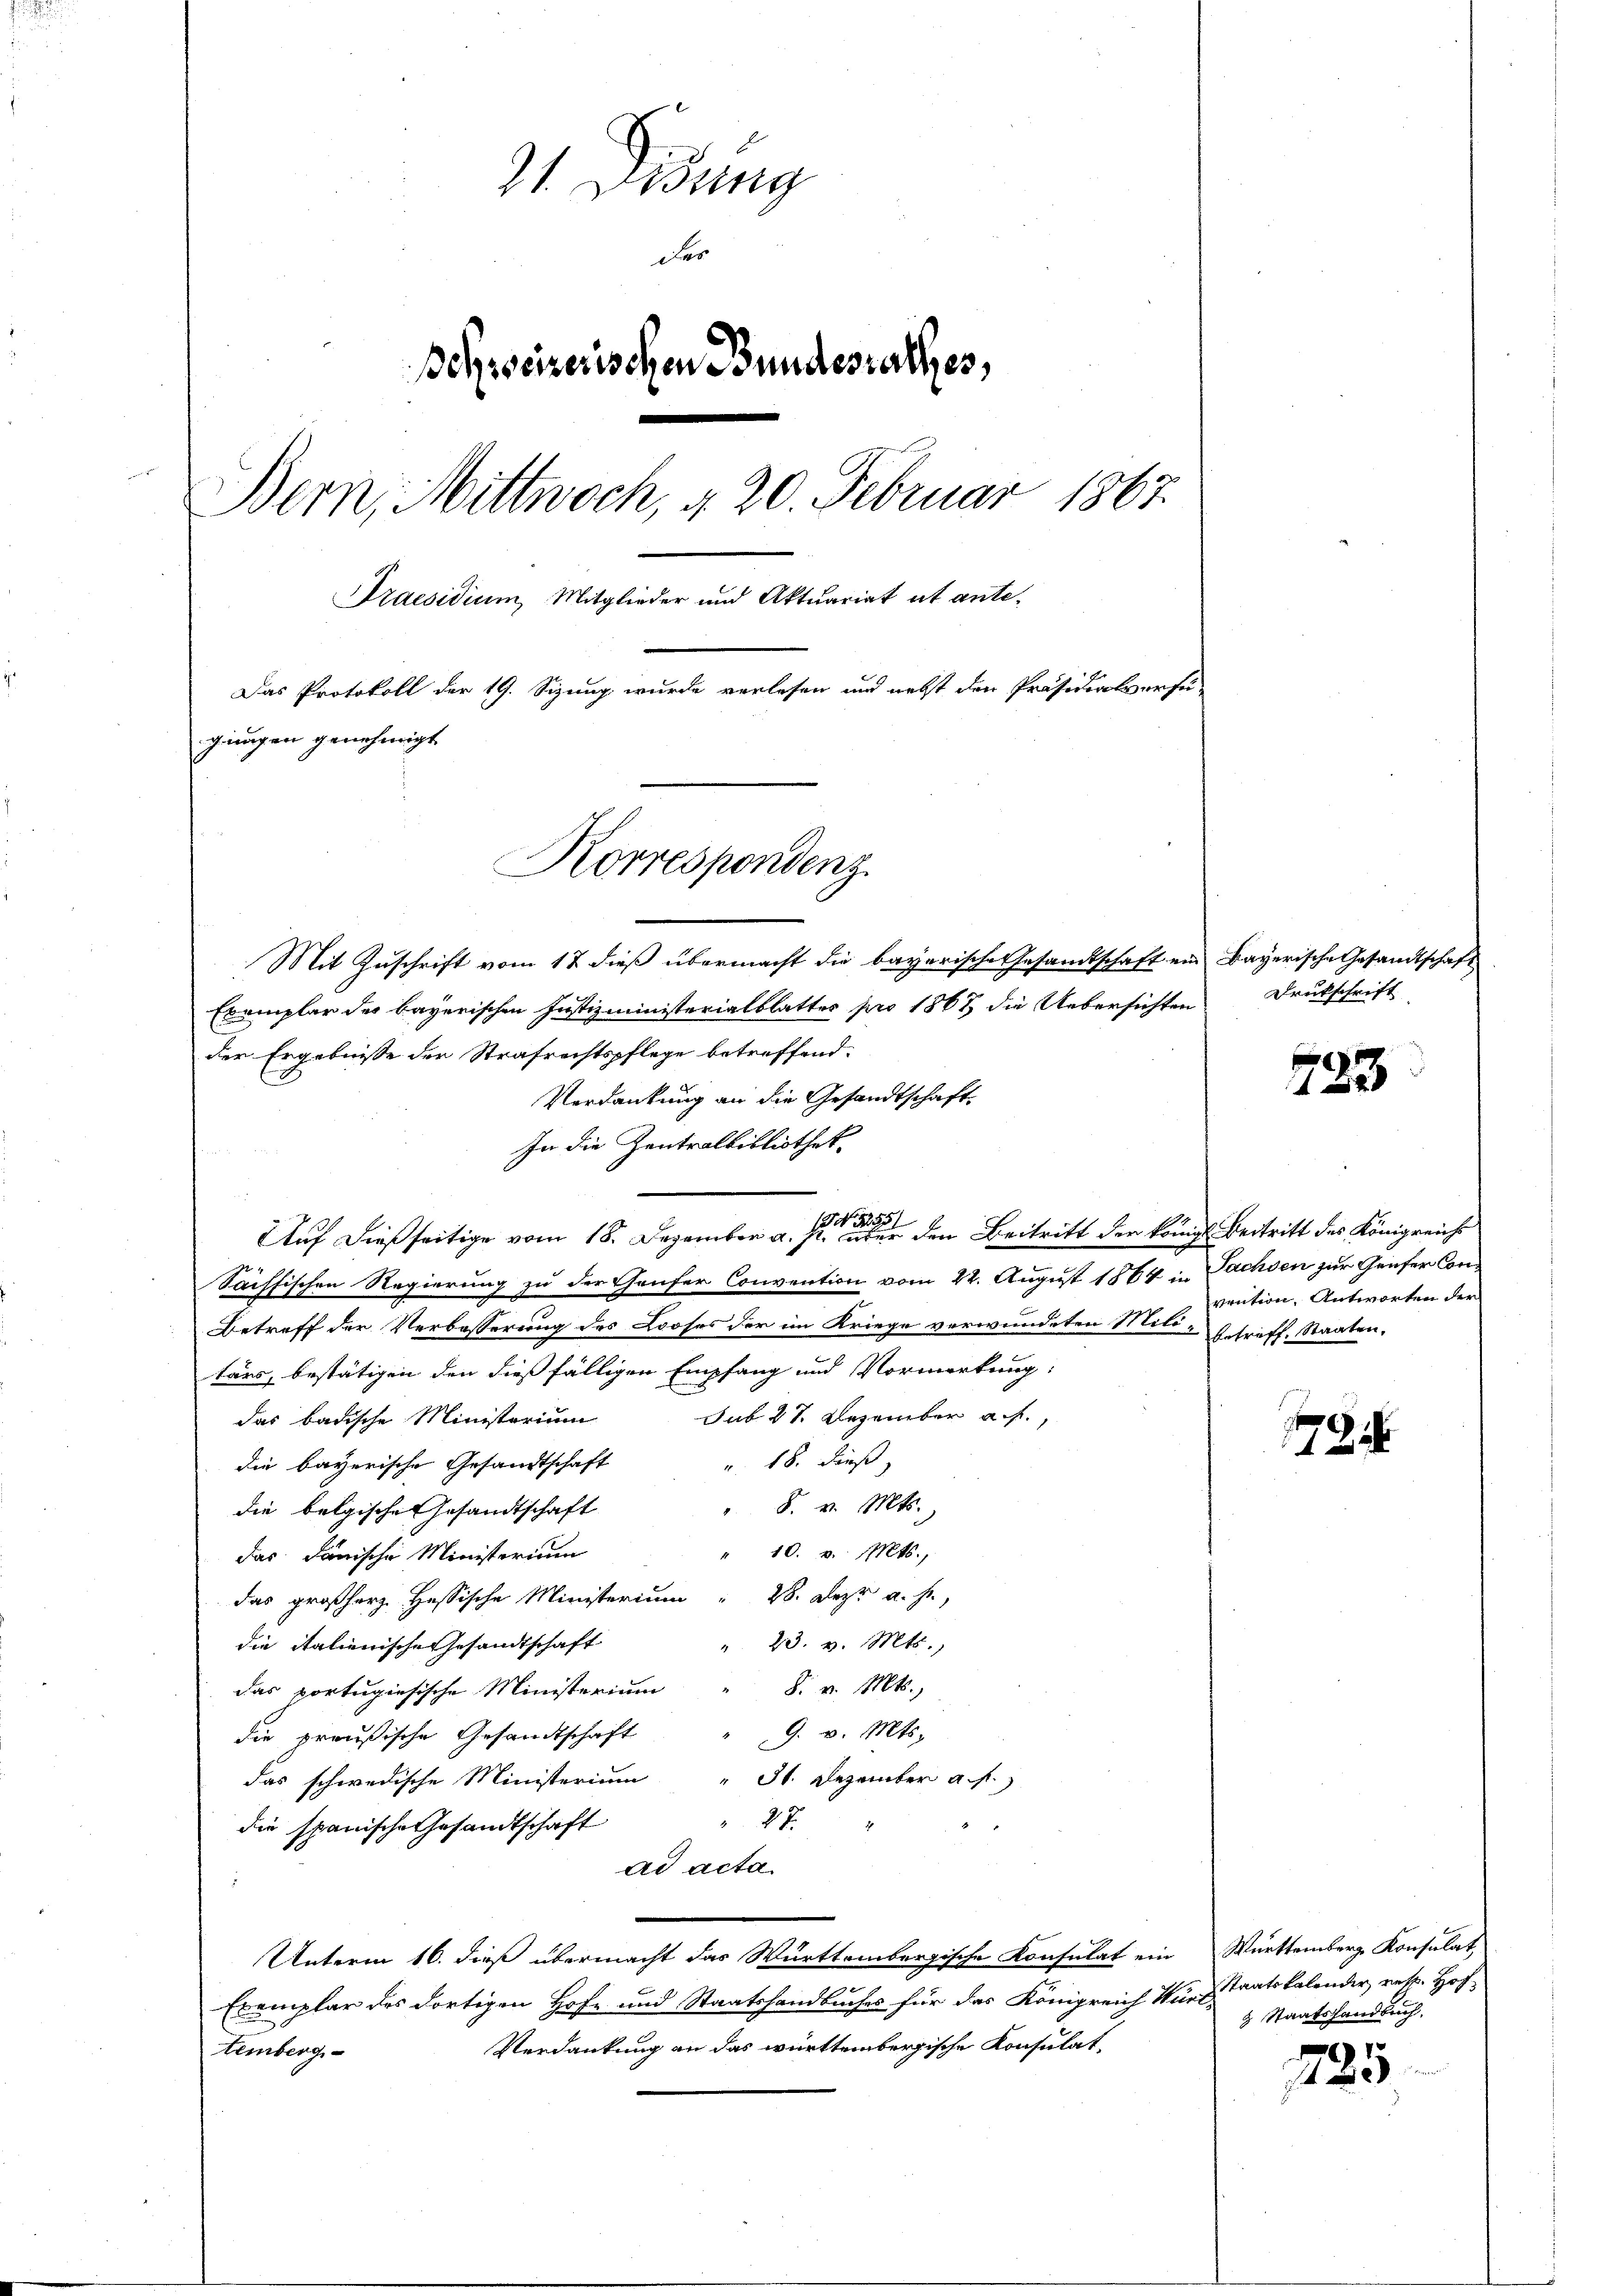
:

21. Disung
der
ehweizerischen Bundesrathes,
Bern, Mittwoch, § 20. Februar 1867.
Praesidium Mitglieder und Aktuariat et ante¬
Das Protokoll der 19. Sizung wurde verlesen und nebst den Präsidialverfü
gunngen genehmigt.
Korrespondenz.

Mit Zuschrift vom 17 dieß übermacht die bayerische Gesandtschaft ein Bayerische Gesandtschaft
Exemplar des bayerischen Justizministerialblatter pro 1862 die Uebersichten
der Ergebnisse der Strafrechtspflege betreffend.
Verdankung an die Gesandtschaft.
In die Zentralbibliothek
NNo. 32551
Auf dießseitige vom 18. Dezember a. p. über den Beitritt der Königl. Beitritt des Königreich
Sächsischen Regierung zu der Thaufer Convention vom 22. August 1864 in Sachsen zur Genfer Con¬
Betreff der Verbesserung des Looses der im Kriege verwundeten Mitt-Getriff, Staaten,
tärs, bestätigen den dießfälligen Empfang und Vorwortung:
sub 27. Dezember a. f.,
das badische Ministerium
" 18. dieß,
die bayerische Gesandtschaft
8. v. Mts.
die belgische Gesandtschaft
" 10. v. Mts.,
das danische Ministerium
das großherz Hessische Ministerium 28. Dez. a. h.,
" 23. v. Mts.,
die italienische Gesandtschaft
S. v. Mts.,
das portugiesische Ministerium
9. v. Mts.
die preußische Gesandtschaft
31. Dezember a. f.
das schwedische Ministerium
212
die spanische Gesandtschaft
ad acta
Unterm 16. dieß übermacht das Württembergische Konsulat ein Württemberg Konsulat,
n
Exemplar des dortigen Hofe und Staatshandbuches für das Königreich Vertratskalender, resp. Hof-
Verdankung an das württembergische Konsulat,
temberg

Druckschrift

723

vention, Antworten der

1791.

& Staatshandbuch.

287
2